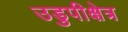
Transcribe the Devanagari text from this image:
उडुपीक्षेत्र